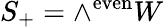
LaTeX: S_{+}=\wedge^{\mathrm{even}}W